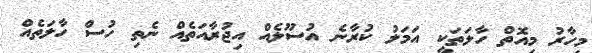
މިހާރު މިއޮތް ހާލަތަކީ އަމަލު ކުރާނެ އުސޫލެއް އިޖުރާއަތެއް ނެތި ހުސް ހާލަތެއް